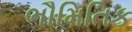
ભૌમિતિક